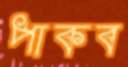
পাকব